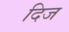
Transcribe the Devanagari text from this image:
दिज